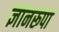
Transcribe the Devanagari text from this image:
ज्ञानरूपा